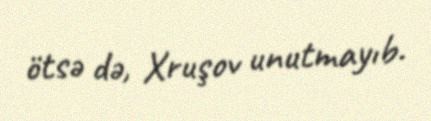
ötsə də, Xruşov unutmayıb.